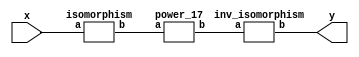
`timescale 1ns/100ps
module SMSS32_17_np_8_6(x,y);
	 input [5:0] x;
	 output [5:0] y;
	 wire [5:0] w;
	 wire [5:0] p;
	 isomorphism C2 (x,w);
	 power_17 C3 (w,p);
	 inv_isomorphism C4 (p,y);
endmodule

module add_base(a,b,c);
	 input [2:0] a;
	 input [2:0] b;
	 output [2:0] c;
	 assign c[0]=a[0]^b[0];
	 assign c[1]=a[1]^b[1];
	 assign c[2]=a[2]^b[2];
endmodule

module qube_base(a,b);
	 input [2:0] a;
	 output [2:0] b;
	 assign b[0]=a[0]^a[1]^(a[0]&a[2]);
	 assign b[1]=a[2]^(a[0]&a[1])^(a[0]&a[2]);
	 assign b[2]=a[1]^a[2]^(a[0]&a[1])^(a[1]&a[2]);
endmodule

module power_17(a,b);
	 input [5:0] a;
	 output [5:0] b;
	 wire [2:0] x_0;
	 wire [2:0] x_1;
	 wire [2:0] x_2;
	 wire [2:0] x_3;
	 wire [2:0] x_4;
	 wire [2:0] x_5;
	 wire [2:0] y_0;
	 wire [2:0] y_1;
	 assign x_0[0]=a[0];
	 assign x_0[1]=a[1];
	 assign x_0[2]=a[2];
	 assign x_1[0]=a[3];
	 assign x_1[1]=a[4];
	 assign x_1[2]=a[5];
	 add_base A1 (x_0,x_1,x_2);
	 qube_base A2 (x_2,x_3);
	 qube_base  A3 (x_0,x_4);
	 qube_base A4 (x_1,x_5);
	 add_base A5 (x_5,x_3,y_0);
	 add_base A6 (x_4,x_3,y_1);
	 assign b[0]=y_1[0];
	 assign b[1]=y_1[1];
	 assign b[2]=y_1[2];
	 assign b[3]=y_0[0];
	 assign b[4]=y_0[1];
	 assign b[5]=y_0[2];
endmodule

module inv_isomorphism(a,b);
	 input [5:0] a;
	 output [5:0] b;
	 assign b[0]=a[0]^a[1];
	 assign b[1]=a[0]^a[2]^a[3];
	 assign b[2]=a[0]^a[1]^a[2]^a[3];
	 assign b[3]=a[1]^a[2]^a[3]^a[5];
	 assign b[4]=a[0]^a[2];
	 assign b[5]=a[1]^a[3]^a[4];
endmodule

module isomorphism(a,b);
	 input [5:0] a;
	 output [5:0] b;
	 assign b[0]=a[1]^a[2]^a[5];
	 assign b[1]=a[1]^a[2];
	 assign b[2]=a[1]^a[2]^a[4];
	 assign b[3]=a[0]^a[3];
	 assign b[4]=a[0]^a[2]^a[3]^a[4]^a[5];
	 assign b[5]=a[1]^a[3];
endmodule